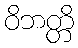
ဝိဘတ္တိ